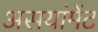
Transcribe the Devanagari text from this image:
असयांमेंट